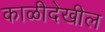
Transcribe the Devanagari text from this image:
काळीदेखील